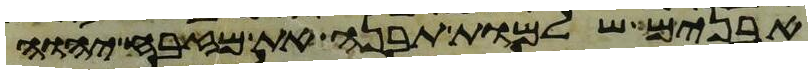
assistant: אבנים שלמות תבנה את מזבח יהוה